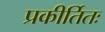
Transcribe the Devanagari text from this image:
प्रकीर्तितः